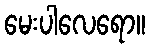
မေးပါလေရော။